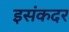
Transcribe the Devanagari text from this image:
इसंकदर